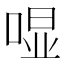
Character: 𱓛